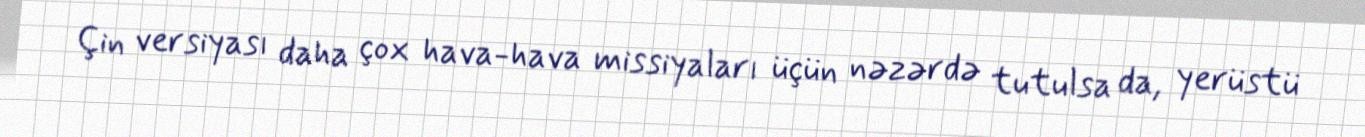
Çin versiyası daha çox hava-hava missiyaları üçün nəzərdə tutulsa da, yerüstü